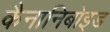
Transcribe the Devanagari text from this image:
कैनानिबोइड